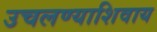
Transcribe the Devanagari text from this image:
उचलण्याशिवाय